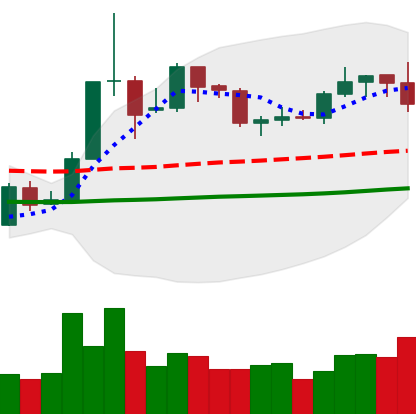
Ticker: XLM-USD
Chart end date: 2019-05-30
Forward return: -6.143%
Label: down_5_7